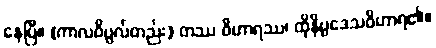
နေပြီ။ (ကာလဝိပ္ပလ်တည်း) တဿ ဝိဟာရဿ၊ ထိုနိပ္ပဒေသဝိဟာရ၏။